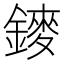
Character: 䥑